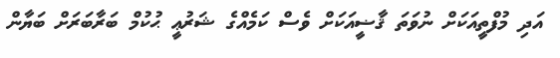
އަދި މުފްތީއަކަށް ނުވަތަ ޤާޟީއަކަށް ވެސް ކަމެއްގެ ޝަރުޢީ ޙުކުމް ބަރާބަރަށް ބަޔާން